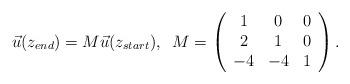
LaTeX: \begin{align*}\vec{u}(z_{end})=M \vec{u} (z_{start}), \;\;M=\left( \begin{array}{ccc} 1&0&0 \\ 2&1&0\\ -4&-4&1 \end{array} \right) . \end{align*}